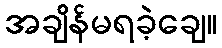
အချိန်မရခဲ့ချေ။